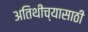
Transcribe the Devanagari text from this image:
अतिथींच्यासाठी